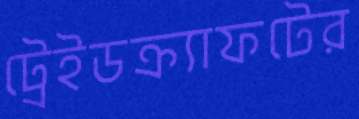
ট্রেইডক্র্যাফটের